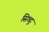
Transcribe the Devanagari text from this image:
सिध्दू